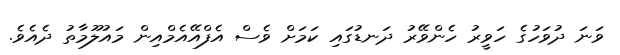
ވަނަ ދުވަހުގެ ހަވީރު ހެންވޭރު ދަނޑުގައި ކަމަށް ވެސް އެފްއޭއެމްއިން މައުލޫމާތު ދެއެވެ.